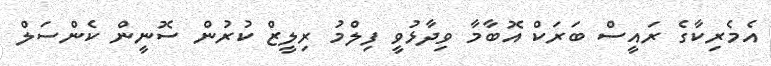
އެމެރިކާގެ ރައީސް ބަރަކް އޮބާމާ ވިދާޅުވީ ފިލްމު ރިލީޒް ކުރުން ސޮނީން ކެންސަލް